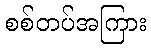
စစ်တပ်အကြား